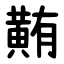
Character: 䵋